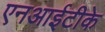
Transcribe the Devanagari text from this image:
एनआईटीके